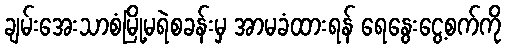
ချမ်းအေးသာစံမြို့မရဲစခန်းမှ အာမခံထားရန် ရေနွေးငွေ့စက်ကို